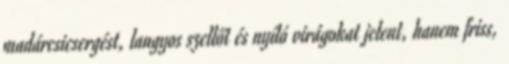
madárcsicsergést, langyos szellőt és nyíló virágokat jelent, hanem friss,